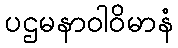
ပဌမနာဝါဝိမာနံ